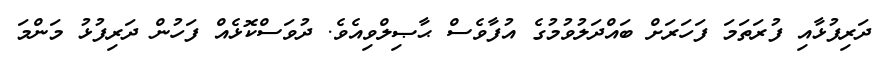
ދަރިފުޅާއި ފުރަތަމަ ފަހަރަށް ބައްދަލުވުމުގެ އުފާވެސް ޙާޞިލްވިއެވެ. ދުވަސްކޮޅެއް ފަހުން ދަރިފުޅު މަންމަ